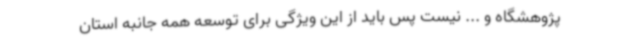
پژوهشگاه و ... نیست پس باید از این ویژگی برای توسعه همه جانبه استان